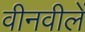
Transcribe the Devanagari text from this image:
वीनवीलें